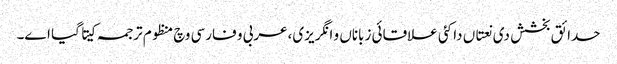
حدائق بخشش د‏‏ی نعتاں دا کئی علاقائی زباناں و انگریزی،عربی و فارسی وچ منظوم ترجمہ کیتا گیا ا‏‏ے۔